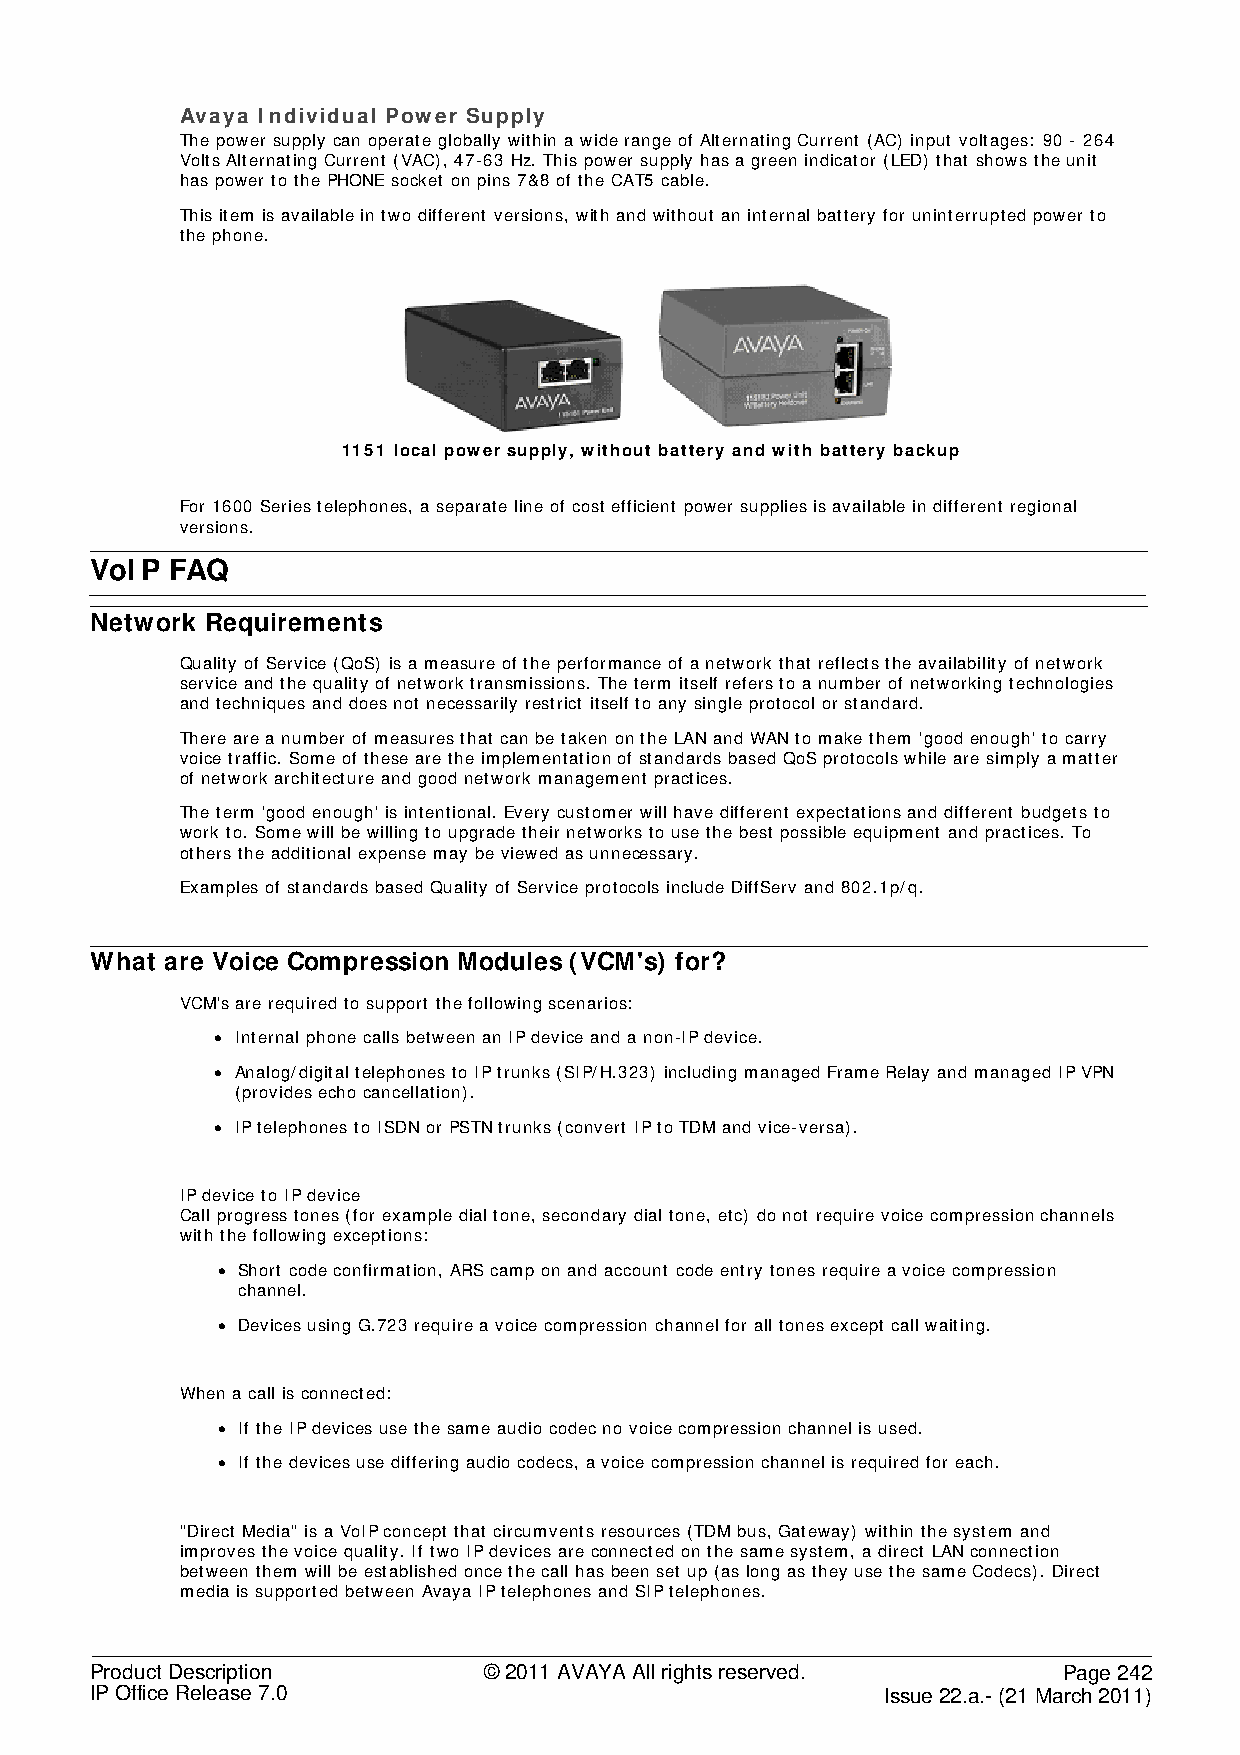
Avaya Individual Power Supply
 The power supply can operate globally within a wide range of Alternating Current (AC) input voltages: 90 - 264
 Volts Alternating Current (VAC), 47-63 Hz. This power supply has a green indicator (LED) that shows the unit
 has power to the PHONE socket on pins 7&8 of the CAT5 cable.
 This item is available in two different versions, with and without an internal battery for uninterrupted power to
 the phone.
 1151 local power supply, without battery and with battery backup
 For 1600 Series telephones, a separate line of cost efficient power supplies is available in different regional
 versions.
 VoIP FAQ
 Network Requirements
 Quality of Service (QoS) is a measure of the performance of a network that reflects the availability of network
 service and the quality of network transmissions. The term itself refers to a number of networking technologies
 and techniques and does not necessarily restrict itself to any single protocol or standard.
 There are a number of measures that can be taken on the LAN and WAN to make them 'good enough' to carry
 voice traffic. Some of these are the implementation of standards based QoS protocols while are simply a matter
 of network architecture and good network management practices.
 The term 'good enough' is intentional. Every customer will have different expectations and different budgets to
 work to. Some will be willing to upgrade their networks to use the best possible equipment and practices. To
 others the additional expense may be viewed as unnecessary.
 Examples of standards based Quality of Service protocols include DiffServ and 802.1p/q.
 What are Voice Compression Modules (VCM's) for?
 VCM's are required to support the following scenarios:
 • Internal phone calls between an IP device and a non-IP device.
 • Analog/digital telephones to IP trunks (SIP/H.323) including managed Frame Relay and managed IP VPN
 (provides echo cancellation).
 • IP telephones to ISDN or PSTN trunks (convert IP to TDM and vice-versa).
 IP device to IP device
 Call progress tones (for example dial tone, secondary dial tone, etc) do not require voice compression channels
 with the following exceptions:
 • Short code confirmation, ARS camp on and account code entry tones require a voice compression
 channel.
 • Devices using G.723 require a voice compression channel for all tones except call waiting.
 When a call is connected:
 • If the IP devices use the same audio codec no voice compression channel is used.
 • If the devices use differing audio codecs, a voice compression channel is required for each.
 "Direct Media" is a VoIP concept that circumvents resources (TDM bus, Gateway) within the system and
 improves the voice quality. If two IP devices are connected on the same system, a direct LAN connection
 between them will be established once the call has been set up (as long as they use the same Codecs). Direct
 media is supported between Avaya IP telephones and SIP telephones.
 Product Description       © 2011 AVAYA All rights reserved.     Page 242
 IP Office Release 7.0                                Issue 22.a.- (21 March 2011)